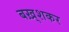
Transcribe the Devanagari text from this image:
बख़्शकर